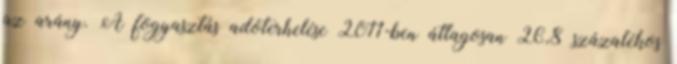
az arány. A fogyasztás adóterhelése 2011-ben átlagosan 26,8 százalékos